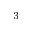
^ { 3 }